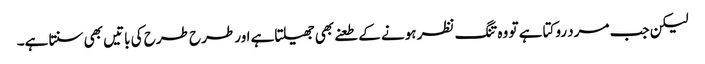
لیکن جب مرد روکتا ہے تو وہ تنگ نظر ہونے کے طعنے بھی جھیلتاہے اور طرح طرح کی باتیں بھی سنتا ہے۔